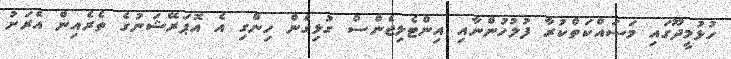
ހުޅުމީދޫގައި މަސައްކަތްކުރާ ފުލުހުންނާއި އިންޓެލިޖެންސް ގުޅިގެން ހިންގި އެ އޮޕަރޭޝަނުގެ ތެރެއިން އެރަށު